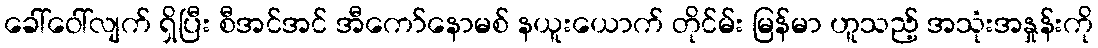
ခေါ်ဝေါ်လျက် ရှိပြီး စီအင်အင် အီကော်နောမစ် နယူးယောက် တိုင်မ်း မြန်မာ ဟူသည့် အသုံးအနှုန်းကို